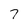
Character: 7